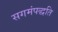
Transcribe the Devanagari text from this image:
सगमंपद्धति